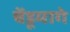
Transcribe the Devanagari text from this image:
चेंडूमागे